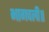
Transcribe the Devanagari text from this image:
भागचली॥